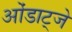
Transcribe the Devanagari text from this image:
ओंडाट्जे